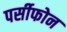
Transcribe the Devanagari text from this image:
पर्सीफोन